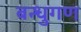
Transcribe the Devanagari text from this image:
बन्धुगण